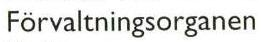
Förvaltningsorganen